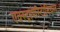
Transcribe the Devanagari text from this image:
एक्स्ट्रापेरिटोनियल